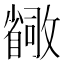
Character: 𫿛